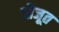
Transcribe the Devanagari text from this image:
औजूत